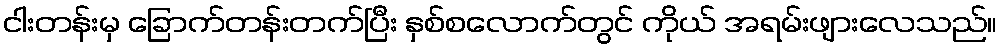
ငါးတန်းမှ ခြောက်တန်းတက်ပြီး နှစ်စလောက်တွင် ကိုယ် အရမ်းဖျားလေသည်။